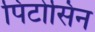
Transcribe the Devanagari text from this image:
पिटोसिन